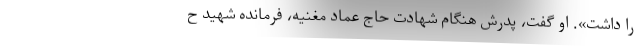
را داشت». او گفت، پدرش هنگام شهادت حاج عماد مغنیه، فرمانده شهید ح